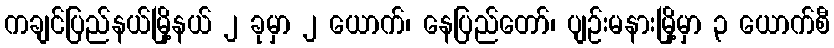
ကချင်ပြည်နယ်မြို့နယ် ၂ ခုမှာ ၂ ယောက်၊ နေပြည်တော်၊ ပျဉ်းမနားမြို့မှာ ၃ ယောက်စီ